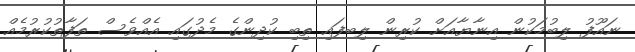
ނައޫފު ލިބުމަކުން އިނާޔާއަށް ކުރިން ލިބފައި ތިބި ކުދިންގެ މެދުގައި އެއްވެސް ތަފާތުކުރުމެއް